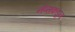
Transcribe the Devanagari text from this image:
नॅप्सकडून